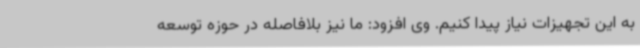
به این تجهیزات نیاز پیدا کنیم. وی افزود: ما نیز بلافاصله در حوزه توسعه